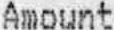
AMOUNT